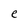
Character: e